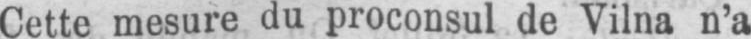
Cette mesure du proconsul de Vilna n’a